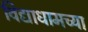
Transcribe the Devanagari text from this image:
विद्याधामच्या